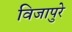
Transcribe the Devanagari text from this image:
विजापुरे